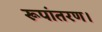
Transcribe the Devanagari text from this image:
रूपांतरण।